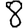
Digit: 8